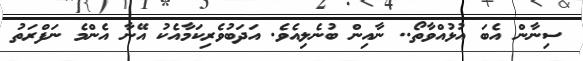
ސިނާން އެބަ އުޅުއްވާތޯ.. ނާއިން ބުނެލިއެވެ. އަދަބުވެރިކަމާއެކު އޭނާ އެންމެ ނަފްރަތު